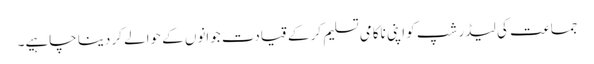
جماعت کی لیڈر شپ کو اپنی ناکامی تسلیم کر کے قیادت جوانوں کے حوالے کر دینا چاہیے۔